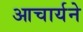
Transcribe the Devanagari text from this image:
आचार्यने